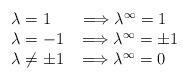
\begin{align*}\begin{array}{lll}\lambda=1\;\;\;\;\;\;\Longrightarrow \lambda^\infty=1\\\lambda=-1\;\;\;\Longrightarrow \lambda^\infty=\pm1\\\lambda\ne\pm1\;\;\;\Longrightarrow \lambda^\infty=0\end{array}\end{align*}